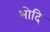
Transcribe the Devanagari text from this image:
भोदि